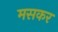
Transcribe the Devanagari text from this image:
मसकर